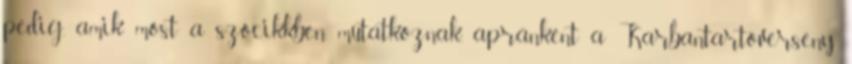
pedig, amik most a szócikkben mutatkoznak, apránként a Karbantartóverseny